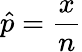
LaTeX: {\hat{p}}={\frac{x}{n}}